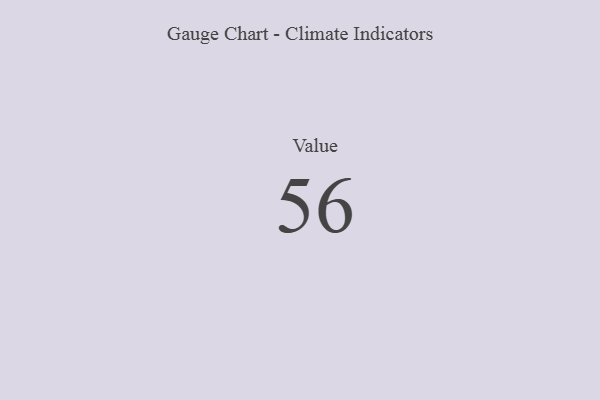
{"axis": {"x": "Metric", "y": "Value"}, "legend": [""], "data": [{"x": "Value", "y": 56, "type": ""}]}